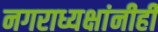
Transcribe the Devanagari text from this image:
नगराध्यक्षांनीही